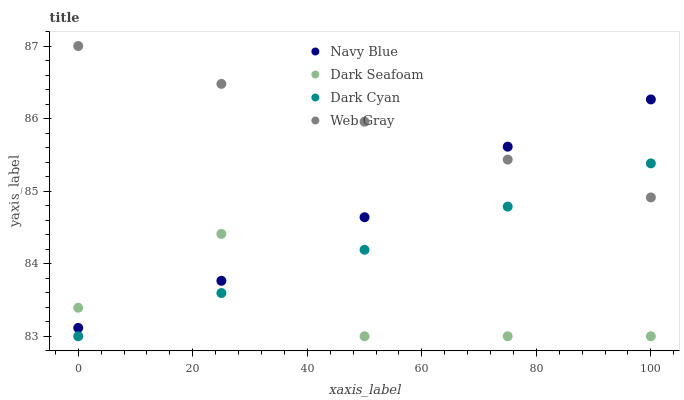
| xaxis_label | Navy Blue | Dark Seafoam | Dark Cyan | Web Gray |
 | --- | --- | --- | --- | --- |
 | 0 | 83.1 | 83.4 | 83 | 87 |
 | 25 | 83.8 | 84.4 | 83.6 | 86.5 |
 | 50 | 84.6 | 83 | 84.2 | 86 |
 | 75 | 85.6 | 83 | 84.8 | 85.4 |
 | 100 | 86.3 | 83 | 85.4 | 84.9 |